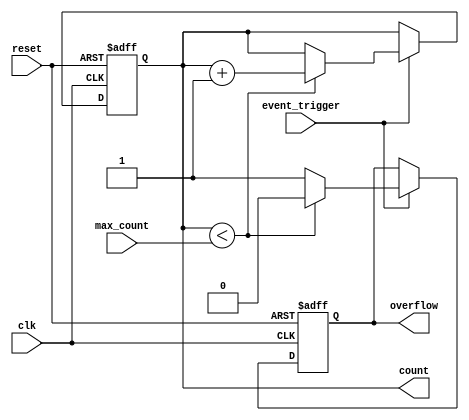
module EventTriggeredCounter (
    input wire clk,               // Clock signal
    input wire reset,             // Asynchronous reset signal
    input wire event_trigger,     // Event trigger signal (rising edge)
    input wire [7:0] max_count,   // Maximum count value (preset)
    output reg [7:0] count,       // Current count value
    output reg overflow           // Overflow indicator
);

    // Memory block to store the count value
    reg [7:0] memory_block;

    // Synchronous reset and counting logic
    always @(posedge clk or posedge reset) begin
        if (reset) begin
            count <= 8'b0;          // Clear count on reset
            overflow <= 1'b0;       // Clear overflow flag
            memory_block <= 8'b0;   // Clear memory block
        end else begin
            if (event_trigger) begin
                if (count < max_count) begin
                    count <= count + 1; // Increment count
                    overflow <= 1'b0;    // No overflow
                end else begin
                    overflow <= 1'b1;    // Set overflow flag
                end
            end
            memory_block <= count;      // Store current count in memory block
        end
    end

    // Output the current count value
    always @(posedge clk) begin
        // The count value is already updated in the previous always block
        // Additional logic can be added here if needed for output processing
    end

endmodule